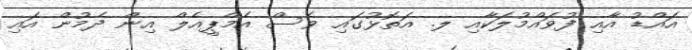
އައްޑު އާއި ފުވައްމުލަކާއި ލ. އަތޮޅުގައި ވެސް އެމްޕީއެލް އިން ދެމުން އައި